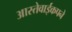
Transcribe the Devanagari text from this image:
आस्तेवाईकपने